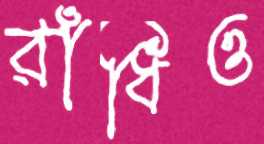
রাঁধিও